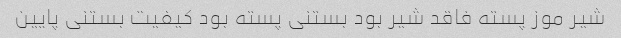
شیر موز پسته فاقد شیر بود بستنی پسته بود کیفیت بستنی پایین